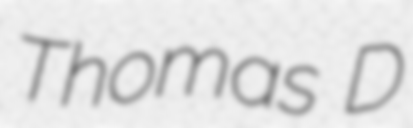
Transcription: Thomas D